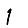
Digit: 1